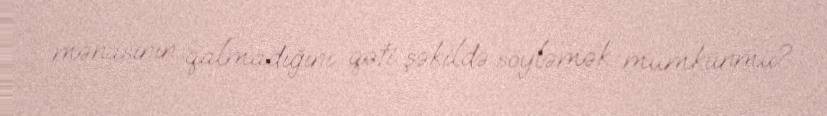
mənasının qalmadığını qəti şəkildə söyləmək mümkünmü?.